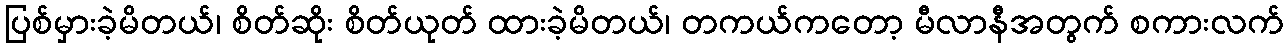
ပြစ်မှားခဲ့မိတယ်၊ စိတ်ဆိုး စိတ်ယုတ် ထားခဲ့မိတယ်၊ တကယ်ကတော့ မီလာနီအတွက် စကားလက်